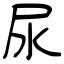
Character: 尿